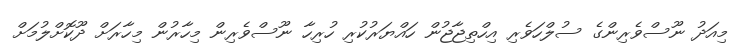
މިއަދު ނޫސްވެރިންގެ ސުލްހަވެރި އިހްތިޖާޖުން ހައްޔަރުކުރި ހުރިހާ ނޫސްވެރިން މިހާރުން މިހާރަށް ދޫކޮށްލުމަށް